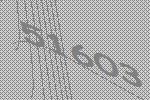
51603